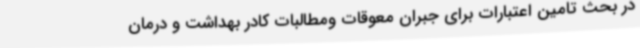
در بحث تامین اعتبارات برای جبران معوقات ومطالبات کادر بهداشت و درمان